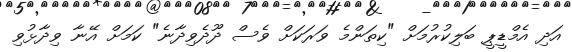
އަދި އެމްޑީޕީ ބަލިކުރުމަށް "ކިތަންމެ ވަރަކަށް ވެސް ދޫދެވިދާނެ" ކަމަށް އޭނާ ވިދާޅުވި